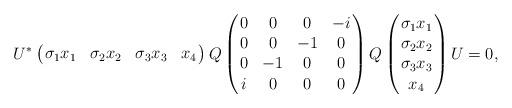
LaTeX: \begin{align*} U^* \left(\!\!\begin{array}{cccc} \sigma_1 x_1 & \sigma_2 x_2 & \sigma_3 x_3 & x_4 \end{array}\!\!\right) Q \left(\!\!\begin{array}{cccc}0 & 0 & 0 & -i \\ 0 & 0 & -1 & 0 \\0 & -1 & 0 & 0 \\ i & 0 & 0 & 0 \end{array}\!\!\right)Q \left(\!\!\begin{array}{c} \sigma_1 x_1 \\ \sigma_2 x_2 \\ \sigma_3 x_3 \\ x_4 \end{array}\!\!\right) U = 0,\end{align*}